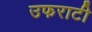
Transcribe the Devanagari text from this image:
उफराटी